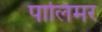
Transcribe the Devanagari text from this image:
पालिमर